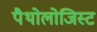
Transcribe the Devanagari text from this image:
पैथोलोजिस्ट